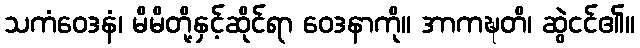
သကံဝေဒနံ၊ မိမိတို့နှင့်ဆိုင်ရာ ဝေဒနာကို။ အာကဍ္ဎတိ၊ ဆွဲငင်၏။